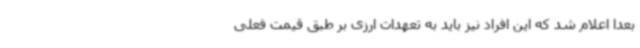
بعدا اعلام شد که این افراد نیز باید به تعهدات ارزی بر طبق قیمت فعلی